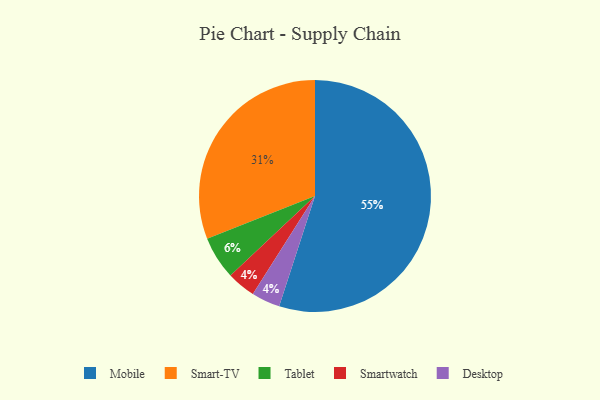
{"axis": {"x": "Category", "y": "Percentage"}, "legend": ["Desktop", "Mobile", "Smart-TV", "Smartwatch", "Tablet"], "data": [{"x": "Smart-TV", "y": 31, "type": "Smart-TV"}, {"x": "Smartwatch", "y": 4, "type": "Smartwatch"}, {"x": "Desktop", "y": 4, "type": "Desktop"}, {"x": "Tablet", "y": 6, "type": "Tablet"}, {"x": "Mobile", "y": 55, "type": "Mobile"}]}